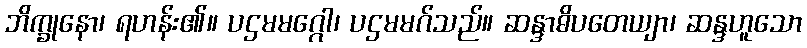
ဘိက္ခုနော၊ ရဟန်း၏။ ပဌမမဂ္ဂေါ၊ ပဌမမဂ်သည်။ ဆန္ဒာဓိပတေယျာ၊ ဆန္ဒဟူသော